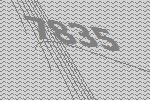
7835